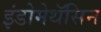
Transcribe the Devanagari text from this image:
इंडोमेथॅसिन